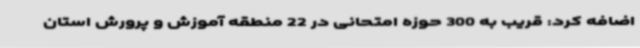
اضافه کرد: قریب به 300 حوزه امتحانی در 22 منطقه آموزش و پرورش استان